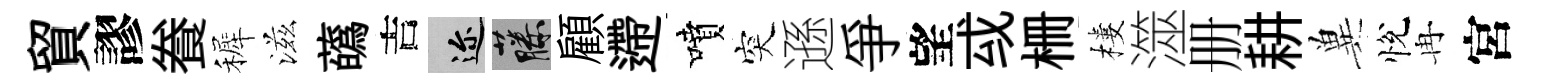
貿謬飬裤滋蘤吉邇藤顧遰噴突遜爭望㦯栅樓澨册耕兾悅冉宮